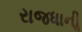
રાજધાનીૢ